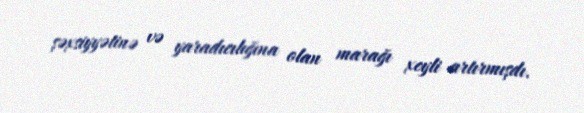
şəxsiyyətinə və yaradıcılığına olan marağı xeyli artırmışdı.